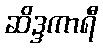
ဆိဒ္ဒကာရီ